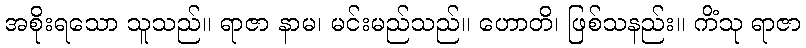
အစိုးရသော သူသည်။ ရာဇာ နာမ၊ မင်းမည်သည်။ ဟောတိ၊ ဖြစ်သနည်း။ ကိံသု ရာဇာ